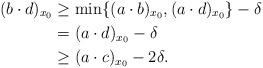
LaTeX: \begin{align*}(b\cdot d)_{x_0} &\ge \min\{(a\cdot b)_{x_0}, (a\cdot d)_{x_0} \} -\delta \\&=(a \cdot d)_{x_0} -\delta\\&\ge (a \cdot c)_{x_0} - 2\delta.\end{align*}